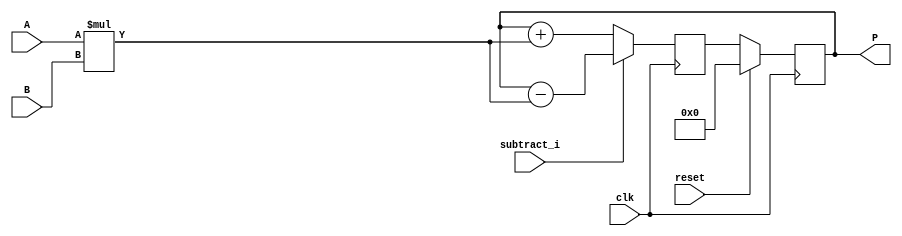
module dsp_mul_signed_in_not_reg_with_accum_output_is_reg_neg (clk, reset, subtract_i, A, B, P);
	input clk, reset, subtract_i;
	input signed [19:0] A;
	input signed [17:0] B;
	output reg signed [37:0] P;
	reg signed [37:0] mul, add_or_sub;
	
	always @(negedge clk)  begin
		if(reset == 1) begin
			P <= 0;
		end
		else 
			P<= add_or_sub;

	end

	always @ (*)  begin
		mul  = A * B;
	end

	always @(negedge clk)  begin
		if(reset == 1) begin
			add_or_sub <= 0;
		end
		if (subtract_i)
			add_or_sub <= P - mul;
		else
			add_or_sub <= P + mul;
	end

endmodule